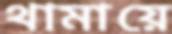
থামায়ে